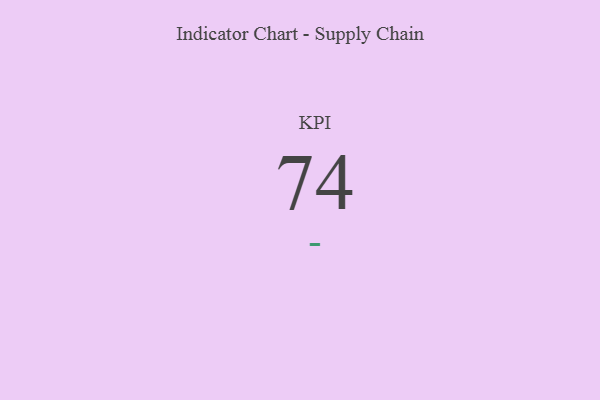
{"axis": {"x": "KPI", "y": "Value"}, "legend": [""], "data": [{"x": "KPI", "y": 74, "type": ""}]}